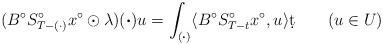
LaTeX: \begin{align*}(B^{\circ}S_{T-(\cdot)}^{\circ}x^{\circ}\odot\lambda)(\boldsymbol{\cdot})u=\int_{(\boldsymbol{\cdot})}\langle B^{\circ}S_{T-t}^{\circ}x^{\circ},u\rangle \d t \qquad(u\in U)\end{align*}